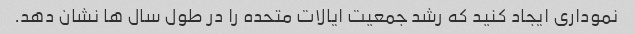
نموداری ایجاد کنید که رشد جمعیت ایالات متحده را در طول سال ها نشان دهد.